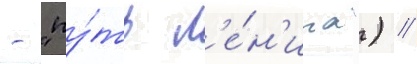
- "пу́ть л'е́н'ина") //